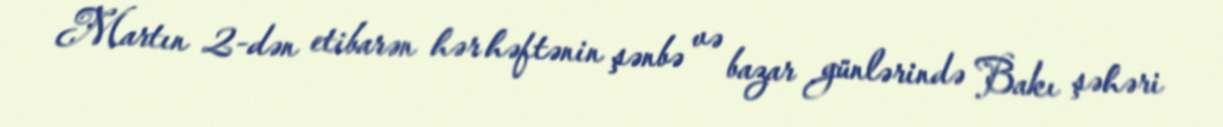
Martın 2-dən etibarən hər həftənin şənbə və bazar günlərində Bakı şəhəri